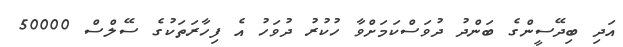
އަދި ބިދޭސީންގެ ބަންދު ދުވަސްކަމަށްވާ ހުކުރު ދުވަހު އެ ފިހާރަތަކުގެ ސޭލްސް 50000